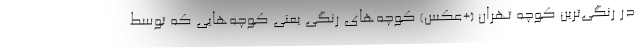
در رنگی‌ترین کوچه تهران (+عکس) کوچه‌های رنگی یعنی کوچه‌هایی که توسط